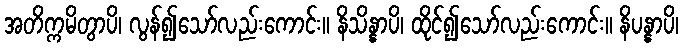
အတိက္ကမိတွာပိ၊ လွန်၍သော်လည်းကောင်း။ နိသိန္နာပိ၊ ထိုင်၍သော်လည်းကောင်း။ နိပန္နာပိ၊